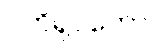
ပတိရူပကော